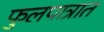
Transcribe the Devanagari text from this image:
फुलपात्रात